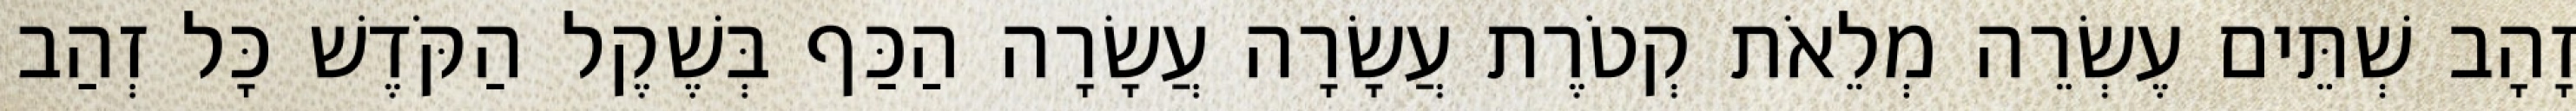
זָהָב שְׁתֵּים עֶשְׂרֵה מְלֵאֹת קְטֹרֶת עֲשָׂרָה עֲשָׂרָה הַכַּף בְּשֶׁקֶל הַקֹּדֶשׁ כָּל זְהַב